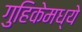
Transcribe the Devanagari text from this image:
गुहिकेमध्ये